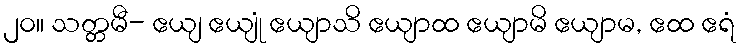
၂၀။ သတ္တမီ- ဧယျ ဧယျုံ ဧယျာသိ ဧယျာထ ဧယျာမိ ဧယျာမ, ဧထ ဧရံ